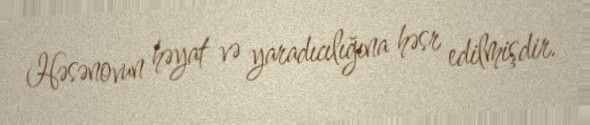
Həsənovun həyat və yaradıcılığına həsr edilmişdir.